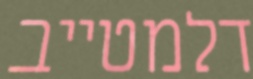
דלמטייב